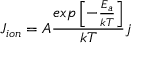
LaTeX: J _ { i o n } = A \frac { e x p \left[ - \frac { E _ { a } } { k T } \right] } { k T } j